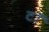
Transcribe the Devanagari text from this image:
टॉ